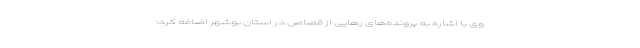
وی با اشاره به پرونده‌های رهایی از قصاص در استان بوشهر اضافه کرد: